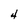
Character: 4